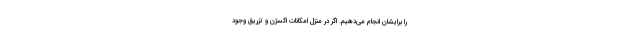
را برایشان انجام می‌دهیم‌. اگر در منزل امکانات اکسژن و تزریق وجود